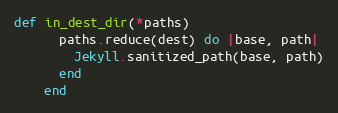
Language: Ruby
def in_dest_dir(*paths)
      paths.reduce(dest) do |base, path|
        Jekyll.sanitized_path(base, path)
      end
    end